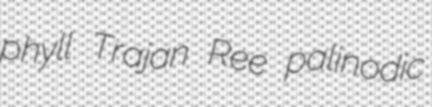
phyll Trajan Ree palinodic